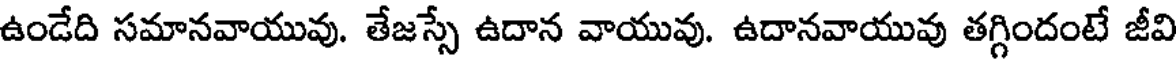
ఉండేది సమానవాయువు. తేజస్సే ఉదాన వాయువు. ఉదానవాయువు తగ్గిందంటే జీవి